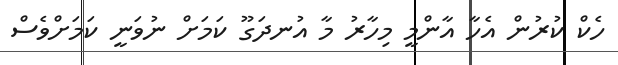
ހެކް ކުރުން އެހާ އާންމީ މިހާރު މާ އުނދަގޫ ކަމަށް ނުވަނީ ކަމަށްވެސް